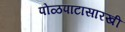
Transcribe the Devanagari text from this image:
पोळपाटासारखी